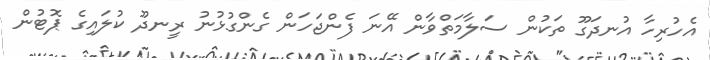
އެހުރިހާ އުނދަގޫ ތަކުން ސަލާމަތްވާން އޭނަ ފެންޖަހަން ގެންގުޅުނު ރީނދޫ ކުލައިގެ ޕޮޓުން